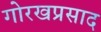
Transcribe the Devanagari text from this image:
गोरखप्रसाद